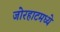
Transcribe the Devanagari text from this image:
जोरहाटमध्ये